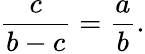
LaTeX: {\frac{c}{b-c}}={\frac{a}{b}}.